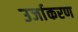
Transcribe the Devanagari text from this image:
उर्जाकरण